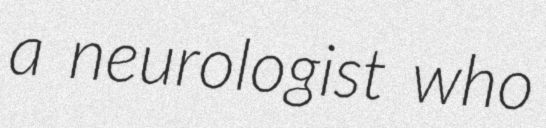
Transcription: a neurologist who